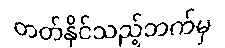
တတ်နိုင်သည့်ဘက်မှ